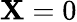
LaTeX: \mathbf{X}=0